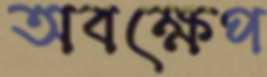
অবক্ষেপ